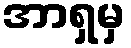
အာရှမှ